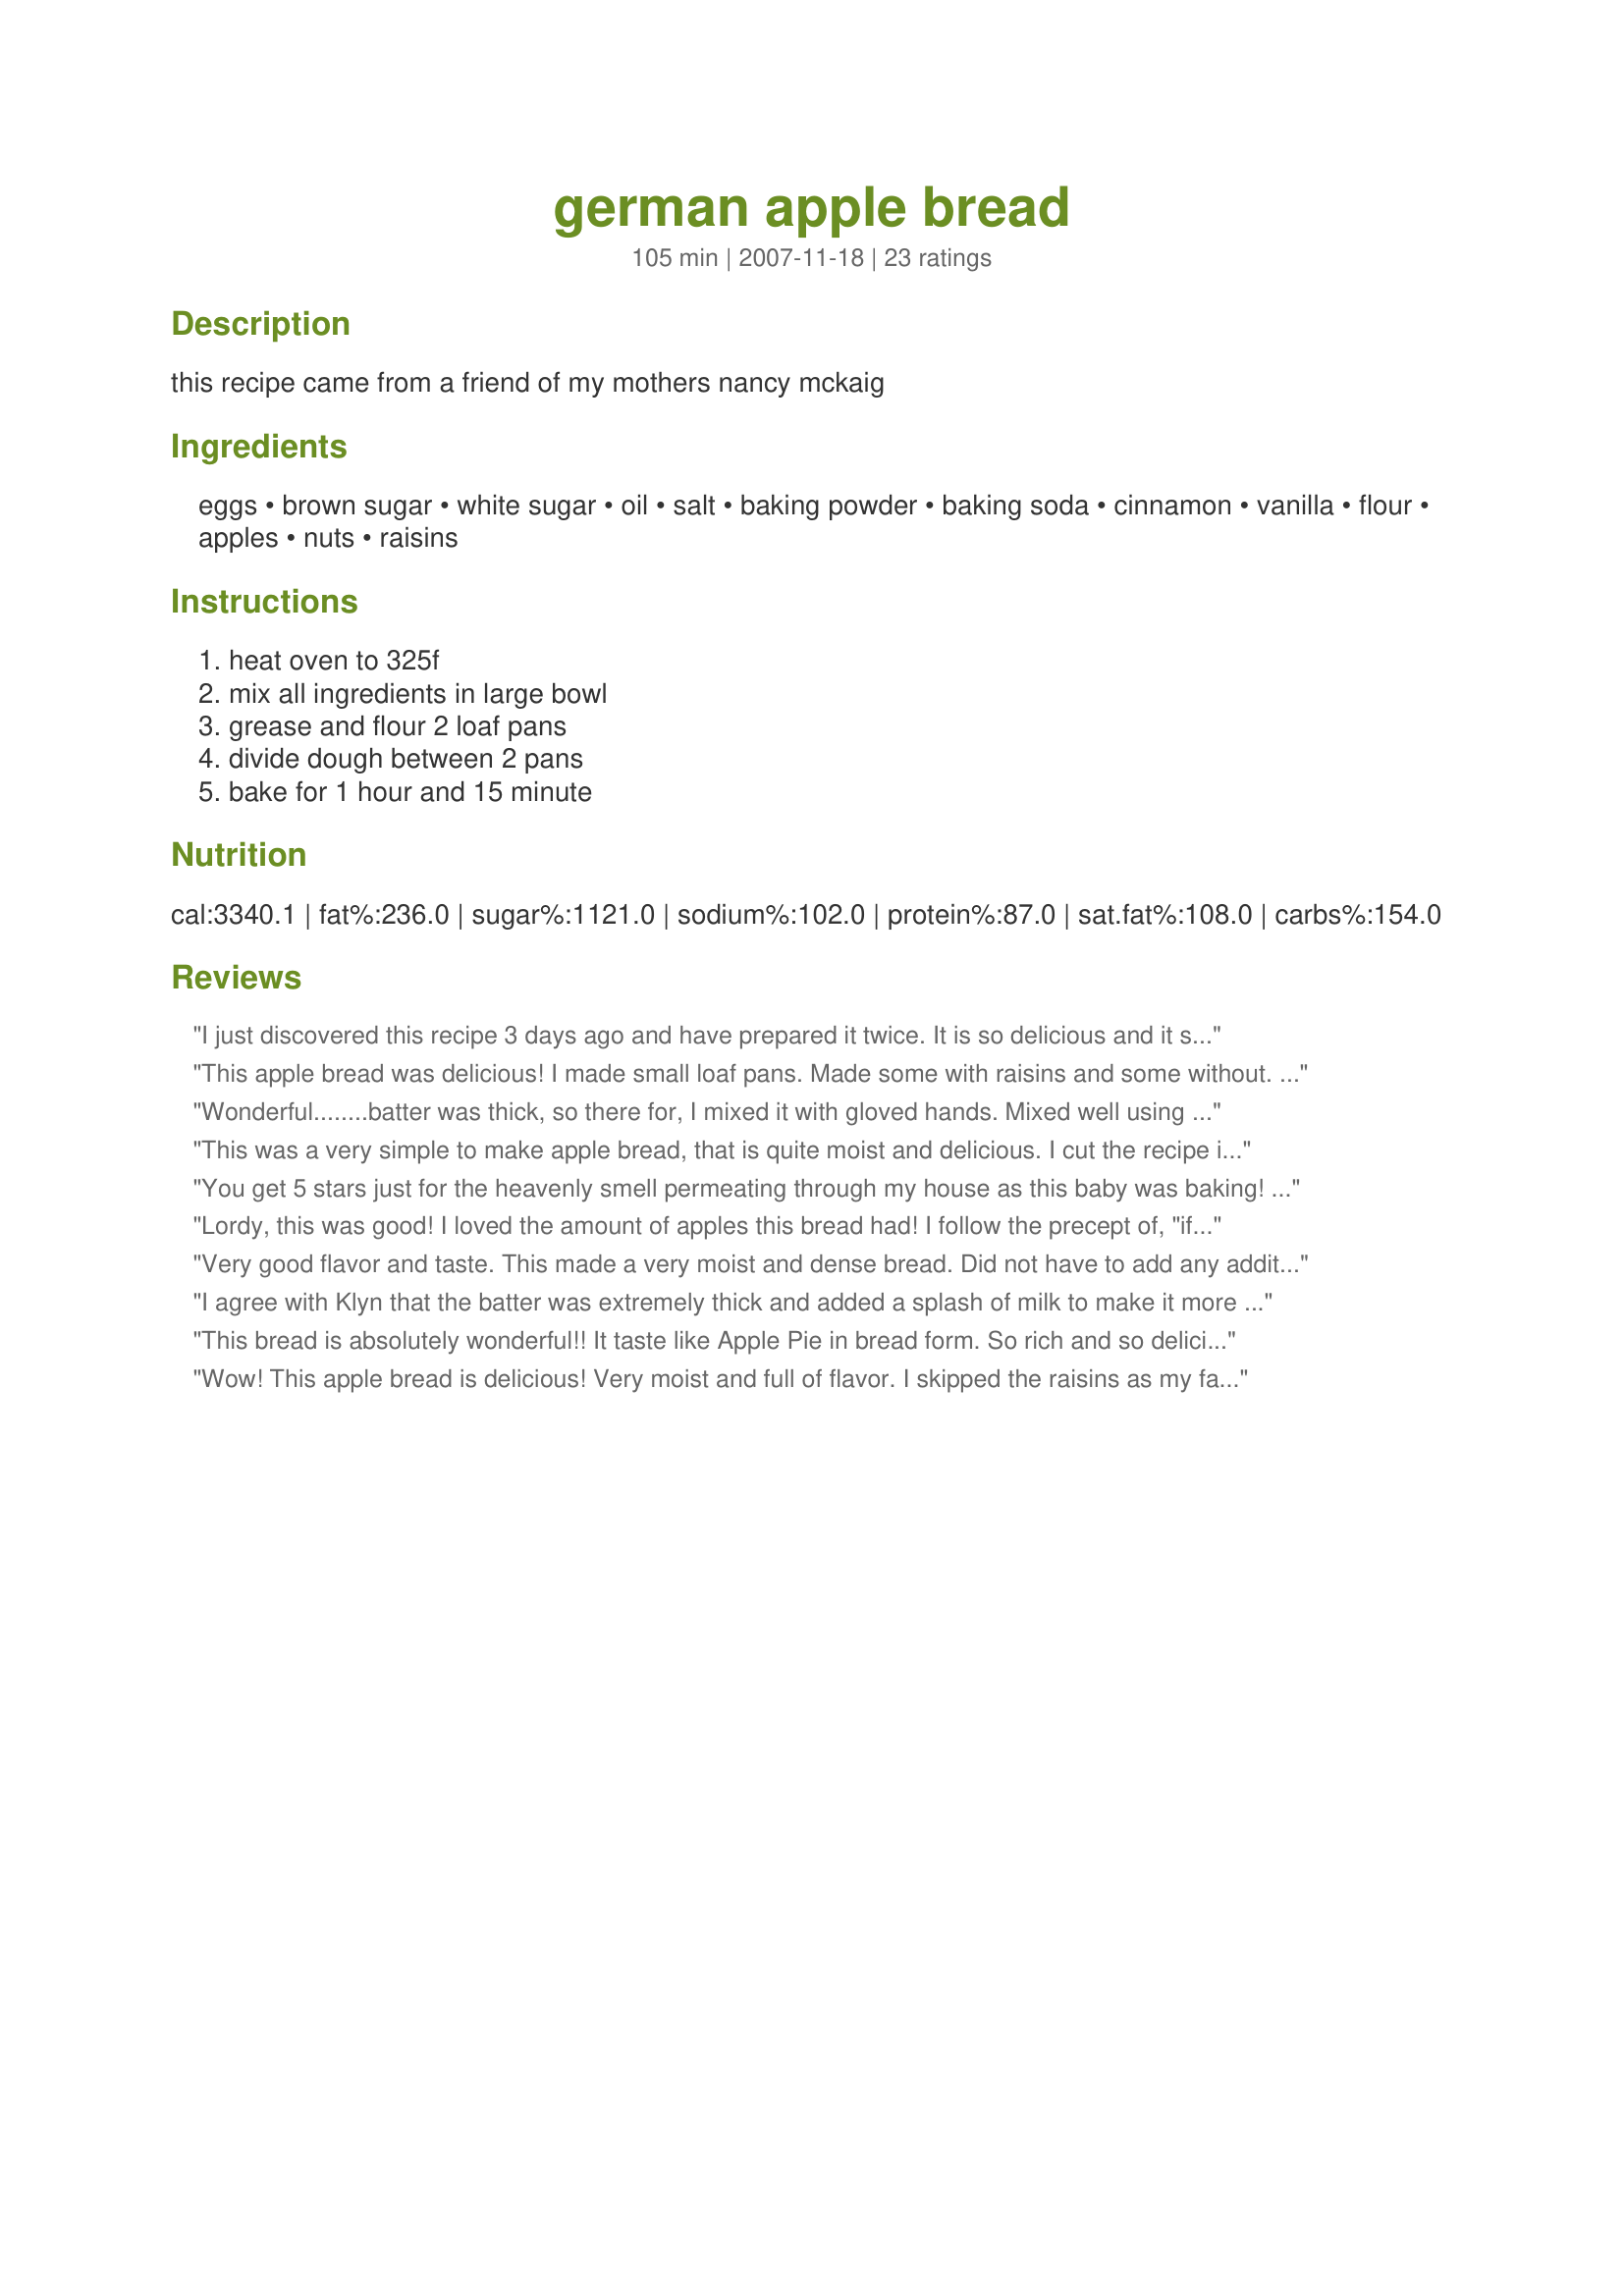
german apple bread
Preparation time: 105 minutes

this recipe came from a friend of my mothers nancy mckaig

Ingredients:
eggs, brown sugar, white sugar, oil, salt, baking powder, baking soda, cinnamon, vanilla, flour, apples, nuts, raisins

Steps:
heat oven to 325f, mix all ingredients in large bowl, grease and flour 2 loaf pans, divide dough between 2 pans, bake for 1 hour and 15 minute

Reviews:
I just discovered this recipe 3 days ago and have prepared it twice. It is so delicious and it seems the longer it sets, the better and more moist. The apple choices make a difference. The first time I used Golden Delicious and the second, a combo of Rome (a good cooking apple) and also Fugi.
This apple bread was delicious! I made small loaf pans. Made some with raisins and some without. Put a little more cinnamon in. Put some in the freezer to have for later. I think next time I will put some shredded carrots in. Loved it! So simple.
Wonderful........batter was thick, so there for, I mixed it with gloved hands. Mixed well using that method and very easy to divide in the two loaf pans.
This was a very simple to make apple bread, that is quite moist and delicious. I cut the recipe in half to make one loaf, but used 2 whole eggs. Though the batter was somewhat stiff it was no more so than other breads of this type that I've made. I added 1/2 tsp of nutmeg and 1/8 tsp of cloves, and used part whole wheat pastry flour. I also left out the raisins because of family dislikes. Thank you Lavender Lynn for posting this wonderful recipe - made by a Chic Chef for the ZWT 4 Germany and Benelux Countries
You get 5 stars just for the heavenly smell permeating through my house as this baby was baking! Super-easy (toddler did most of the work) moist and delicious. Left out the nuts so it could be taken to daycare.
Lordy, this was good! I loved the amount of apples this bread had! I follow the precept of, "if it's good, it's good to excess", and this bread delivers. The only trouble I had was min the mixing. This is a very, very stiff dough, and you will need your wooden paddle! But when all's said and done.........it's worth it! Thnx, Lynn, for sharing your recipe. Made for ZWT6 Oma's Challenge.
Very good flavor and taste. This made a very moist and dense bread. Did not have to add any additional liquid, maybe because I used a stand mixer. I will be making this again.
I agree with Klyn that the batter was extremely thick and added a splash of milk to make it more manageable. I left out the raisins, but other than that followed the recipe exactly. This makes a wonderful dense, moist bread. I think it tastes better the next day. I will definately be making this one again. Thank you!
This bread is absolutely wonderful!! It taste like Apple Pie in bread form. So rich and so delicious. It is very easy to make and everyone loved it, adults and children. I followed the recipe to the letter and took it to my sons school for his Christmas party. Everyone kept raving about how wonderful it was and they all wanted the recipe.
Wow! This apple bread is delicious! Very moist and full of flavor. I skipped the raisins as my family doesn&#039;t care for them. I&#039;ll be making this again for sure!
I altered it somewhat as only had a small amount of almonds for the nuts and used almond extract instead of vanilla....not kidding you it was fantastic!
OMG!!! So good .. I wish I could give this more then 5 stars!! I halved the recipe and now wish I hadn't as the loaf was gone with in the hour. I only made a few changes. I used 1 egg, 1 TBSP ground flaxseed, and whole wheat flour, but other then that followed the recipe to the letter. Thanks for a great bread that I will make again and again!
i made 1 loaf added 2 eggs added nutmeg and cloves also very nice recipeadded a tablespoon of sour cream for the baking soda zaar 6 tour
Fantastic bread!!!! This is delicious, loved the apple, nut and cinnamon flavors!! I made 1/2 of the recipe and did use pecans for the nuts. I added some milk to thin out the batter and make up for the 1/2 egg that was missing due to only making 1/2 of the recipe. The baking time was right on for my oven. I had a slice for breakfast with a smear of cream cheese. I then sliced the rest of the loaf up and froze the slices for other morning breakfasts. Thanks for sharing the recipe. Made for PRMR tag game.
Very very good!
Divine! The only reason for the 4-star rating is that my batter was so thick (even before adding the apple/nut/raisin mixture) that it was not manageable. At first I thought I may have made a mistake along the way, since none of the reviewers had mentioned it, but I ended up adding about 1/2-2/3 cup milk. The only other changes I made were to add 1/2 teaspoon nutmeg, and I replaced half of the nuts with old-fashioned oats. Smells amazing while baking! And the taste....oh, my! I can't wait to try in a day or two after it's rested (I like to bake breads a couple of days in advance; most taste even better the next day).
I will be making this often! Makes the kitchen smell nice and tastes great. Moist, too. I used Splenda for the white sugar, and left out the raisins. Next time I am going to add some cardamom along with the cinnamon, because I love cardamom with apples.
I thoroughly enjoyed every morsel of this bread!! My husband loved it too. My KitchenAid had no problem stirring up this wonderful mixture!! I did not put in the raisins but I did put a crumb topping on one of the loaves and kept the other plain. Next time I think I will use the crumb topping and make the other one with a cinnamon and sugar topping. This bread is so easy to make and it tastes wonderful!!! Thanks for sharing this with all of us!!
Very delicious! I would recommend mixing all the ingredients together before adding the apples, because it was very challenging to mix all the ingredients in at one time. I did not use the nuts or raisins. This bread is sooo good. My kids loved it. Next time, to appease the oldest one, I will grate the apples. Then he won't have to eat "chunks," lol. I did need to add some extra liquid to the recipe and added about 1/4 cup of apple cider. I will definitely make again. Thanks!
Delicious! My family loved this bread. It did not last long in our house. Very easy to whip up in no time at all.
Absolutely wonderful! I baked it in a Bundt pan and it worked great. (grease and flour the pan) Rave reviews from all hands!It is so easy and the flavor is incredible!Thanks very much!!!
What a wonderful apple bread recipe. It is so moist and I loved the nuts but left out the raisins. I had my first slice while it was still warm and I am writing this review right away so I don&#039;t forget. Thanks so much for sharing I will be making this one often!
Uber uber good! I made half the batch (but using two eggs) to make one really very tasty indeed loaf. I left out the nuts because we had a guest who had a nut allergy but we didn't miss them. Though, I am sure they add a whole new level of goodness. I used a granny smith apple. Made for Zee Zany Zesty Cookz for ZWT6.
